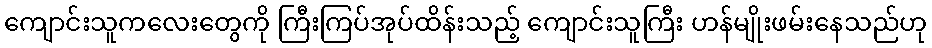
ကျောင်းသူကလေးတွေကို ကြီးကြပ်အုပ်ထိန်းသည့် ကျောင်းသူကြီး ဟန်မျိုးဖမ်းနေသည်ဟု